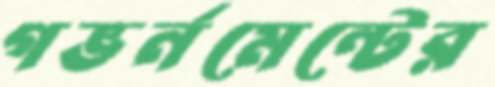
গভর্নমেন্টের